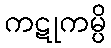
ကဋုကမ္ပိ